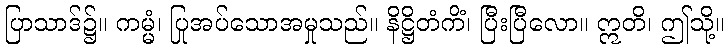
ပြာသာဒ်၌။ ကမ္မံ၊ ပြုအပ်သောအမှုသည်။ နိဋ္ဌိတံကိံ၊ ပြီးပြီလော။ ဣတိ၊ ဤသို့။